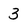
Character: 3